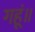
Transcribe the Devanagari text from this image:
गहूं॥